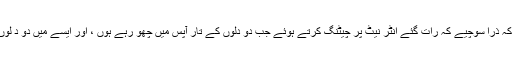
ایک صاحب کہہ رہے تھے کہ ذرا سوچیے کہ رات گئے انٹر نیٹ پر چیٹنگ کرتے ہوئے جب دو دِلوں کے تار آپس میں چُھو رہے ہوں ، اور ایسے میں دو دِ لوں کا رابطہ کٹ جائے تو….؟